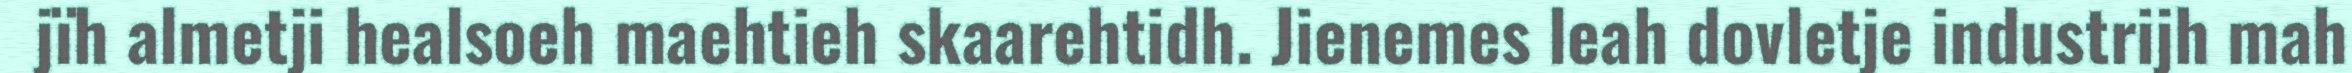
jïh almetji healsoeh maehtieh skaarehtidh. Jienemes leah dovletje industrijh mah